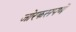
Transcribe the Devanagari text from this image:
जोरकसपणॆ